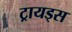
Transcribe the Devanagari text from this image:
ट्रायड्स